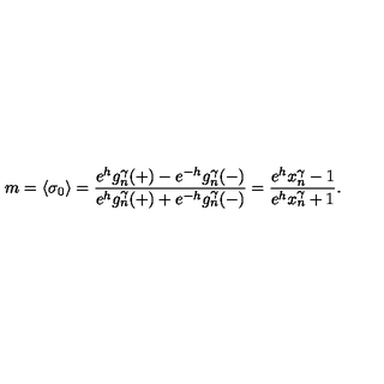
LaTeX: m = \langle \sigma _ { 0 } \rangle = \frac { e ^ { h } g _ { n } ^ { \gamma } ( + ) - e ^ { - h } g _ { n } ^ { \gamma } ( - ) } { e ^ { h } g _ { n } ^ { \gamma } ( + ) + e ^ { - h } g _ { n } ^ { \gamma } ( - ) } = \frac { e ^ { h } x _ { n } ^ { \gamma } - 1 } { e ^ { h } x _ { n } ^ { \gamma } + 1 } .